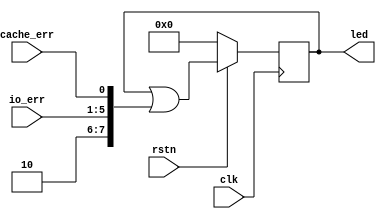
module led_ctrl(
	input wire clk,
	input wire rstn,
	input wire [4:0] io_err,
	input wire cache_err,
	output reg  [7:0] led
	);
	
	always @(posedge clk) begin
		if(~rstn) begin
			led <= 0;
		end else begin
			led <= led | {2'b10,io_err,cache_err};
		end
	end

endmodule